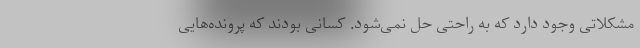
مشکلاتی وجود دارد که به راحتی حل نمی‌شود. کسانی بودند که پرونده‌هایی